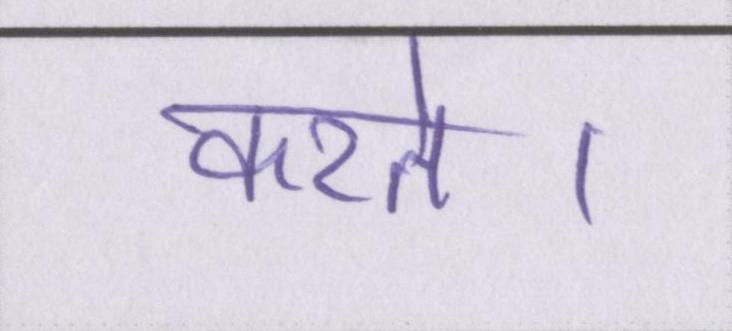
करते।